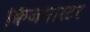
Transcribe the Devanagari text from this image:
क्विजमास्टर